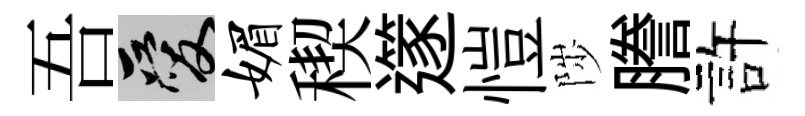
吾爱媚稧𨗹愷陟謄許